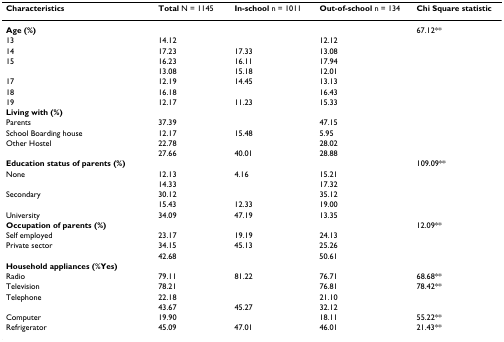
<table><thead><tr><td><b>Characteristics</b></td><td><b>Total N = 1145</b></td><td><b>In-school n = 1011</b></td><td><b>Out-of-school n = 134</b></td><td><b>Chi Square statistic</b></td></tr></thead><tbody><tr><td><b>Age (%)</b></td><td>[EMPTY_CELL]</td><td>[EMPTY_CELL]</td><td>[EMPTY_CELL]</td><td>67.12**</td></tr><tr><td>13</td><td>14.12</td><td>[EMPTY_CELL]</td><td>12.12</td><td>[EMPTY_CELL]</td></tr><tr><td>14</td><td>17.23</td><td>17.33</td><td>13.08</td><td>[EMPTY_CELL]</td></tr><tr><td>15</td><td>16.23</td><td>16.11</td><td>17.94</td><td>[EMPTY_CELL]</td></tr><tr><td>[EMPTY_CELL]</td><td>13.08</td><td>15.18</td><td>12.01</td><td>[EMPTY_CELL]</td></tr><tr><td>17</td><td>12.19</td><td>14.45</td><td>13.13</td><td>[EMPTY_CELL]</td></tr><tr><td>18</td><td>16.18</td><td>[EMPTY_CELL]</td><td>16.43</td><td>[EMPTY_CELL]</td></tr><tr><td>19</td><td>12.17</td><td>11.23</td><td>15.33</td><td>[EMPTY_CELL]</td></tr><tr><td><b>Living with (%)</b></td><td>[EMPTY_CELL]</td><td>[EMPTY_CELL]</td><td>[EMPTY_CELL]</td><td>[EMPTY_CELL]</td></tr><tr><td>Parents</td><td>37.39</td><td>[EMPTY_CELL]</td><td>47.15</td><td>[EMPTY_CELL]</td></tr><tr><td>School Boarding house</td><td>12.17</td><td>15.48</td><td>5.95</td><td>[EMPTY_CELL]</td></tr><tr><td>Other Hostel</td><td>22.78</td><td>[EMPTY_CELL]</td><td>28.02</td><td>[EMPTY_CELL]</td></tr><tr><td>[EMPTY_CELL]</td><td>27.66</td><td>40.01</td><td>28.88</td><td>[EMPTY_CELL]</td></tr><tr><td><b>Education status of parents (%)</b></td><td>[EMPTY_CELL]</td><td>[EMPTY_CELL]</td><td>[EMPTY_CELL]</td><td>109.09**</td></tr><tr><td>None</td><td>12.13</td><td>4.16</td><td>15.21</td><td>[EMPTY_CELL]</td></tr><tr><td>[EMPTY_CELL]</td><td>14.33</td><td>[EMPTY_CELL]</td><td>17.32</td><td>[EMPTY_CELL]</td></tr><tr><td>Secondary</td><td>30.12</td><td>[EMPTY_CELL]</td><td>35.12</td><td>[EMPTY_CELL]</td></tr><tr><td>[EMPTY_CELL]</td><td>15.43</td><td>12.33</td><td>19.00</td><td>[EMPTY_CELL]</td></tr><tr><td>University</td><td>34.09</td><td>47.19</td><td>13.35</td><td>[EMPTY_CELL]</td></tr><tr><td><b>Occupation of parents (%)</b></td><td>[EMPTY_CELL]</td><td>[EMPTY_CELL]</td><td>[EMPTY_CELL]</td><td>12.09**</td></tr><tr><td>Self employed</td><td>23.17</td><td>19.19</td><td>24.13</td><td>[EMPTY_CELL]</td></tr><tr><td>Private sector</td><td>34.15</td><td>45.13</td><td>25.26</td><td>[EMPTY_CELL]</td></tr><tr><td>[EMPTY_CELL]</td><td>42.68</td><td>[EMPTY_CELL]</td><td>50.61</td><td>[EMPTY_CELL]</td></tr><tr><td><b>Household appliances (</b>%<b>Yes)</b></td><td>[EMPTY_CELL]</td><td>[EMPTY_CELL]</td><td>[EMPTY_CELL]</td><td>[EMPTY_CELL]</td></tr><tr><td>Radio</td><td>79.11</td><td>81.22</td><td>76.71</td><td>68.68**</td></tr><tr><td>Television</td><td>78.21</td><td>[EMPTY_CELL]</td><td>76.81</td><td>78.42**</td></tr><tr><td>Telephone</td><td>22.18</td><td>[EMPTY_CELL]</td><td>21.10</td><td>[EMPTY_CELL]</td></tr><tr><td>[EMPTY_CELL]</td><td>43.67</td><td>45.27</td><td>32.12</td><td>[EMPTY_CELL]</td></tr><tr><td>Computer</td><td>19.90</td><td>[EMPTY_CELL]</td><td>18.11</td><td>55.22**</td></tr><tr><td>Refrigerator</td><td>45.09</td><td>47.01</td><td>46.01</td><td>21.43**</td></tr></tbody></table>